Vaccination report Assam 1896-1927 - 1896-1927
Year: 1896
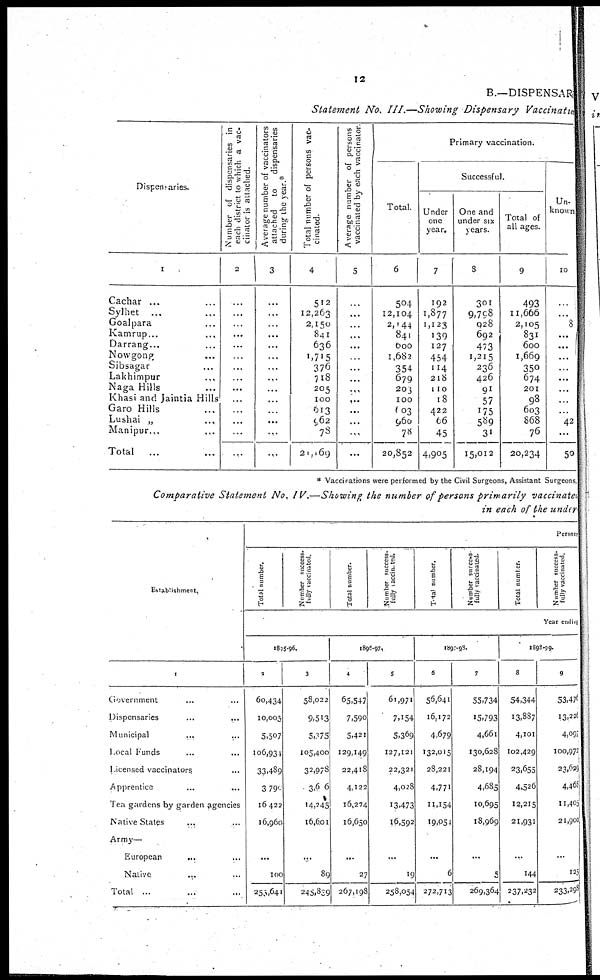
12
B.—DISPENSAR
Statement No. III.—Showing Dispensary Vaccination
Dispensaries.
1
Cachar...
Sylhet...
Goalpara...
Kamrup...
Darrang...
Nowgong...
Sibsagar...
Lakhimpur...
Naga Hills...
Khasi and Jaintia Hills
Garo Hills...
Lushai „
...
Manipur...
...
Total ...
Number of dispensaries in
each district to which a vac-
cinator is attached.
2
...
...
...
...
...
...
...
...
...
...
...
...
...
...
Average number of vaccinators
attached to dispensaries
during the year.*
3
...
...
...
...
...
...
...
...
...
...
...
...
...
...
Total number of persons vac-
cinated.
4
512
12,263
2,150
841
636
1,715
376
718
205
100
013
962
78
21,169
Average number of persons
vaccinated by each vaccinator.
5
...
...
...
...
...
...
...
...
...
...
...
...
...
...
Primary vaccination.
Total.
6
504
12,104
2,144
841
600
1,682
354
679
203
100
603
960
78
20,852
Successful.
Under
one
year.
7
192
1,877
1,123
139
127
454
114
218
110
18
422
66
45
4,905
One and
under six
years.
8
301
9,798
928
692
473
1,215
236
426
91
57
175
589
31
15,012
Total of
all ages.
9
493
11,666
2,105
831
600
1,669
350
674
201
98
603
868
76
20,234
Un-
known
10
...
...
8
...
...
...
...
...
...
...
...
42
...
50
* Vaccinations were performed by the Civil Surgeons, Assistant Surgeons,
Comparative Statement No. IV.—Showing the number of persons primarily vaccinated
in each of the under
Establishment.
1
Government... ...
Dispensaries... ...
Municipal...
...
Local Funds... ...
Licensed vaccinators... ...
Apprentice...
...
Tea gardens by garden agencies
Native States... ...
Army—
European...
...
Native... ...
Total... ...
Persons
Total number.
Number success-
fully vaccinated.
Total number.
Number success-
fully vaccinated.
Total number.
Number success
fully vaccinated.
Total number.
Number success-
fully vaccinated.
Year ending
1895-96.
2
60,434
10,005
5,507
106,931
33,489
3,790
16,422
16,960
...
100
253,641
3
58,022
9,513
5,375
105,400
32,978
3,66
14,245
16,601
...
89
248,839
1896-97.
4
65,547
7,590
5,421
129,149
22,418
4,122
l6,274
16,650
...
27
267,198
5
61,971
7,154
5,369
127,121
22,321
4,028
13,473
16,592
...
19
258,054
1897-98.
6
56,641
16,172
4,679
132,015
28,221
4,771
11,154
19,054
...
6
272,713
7
55,734
15,793
4,661
130,628
28,194
4,685
10,695
18,969
...
5
269,364
1898-99.
8
54,344
13,887
4,101
102,429
23,655
4,526
12,215
21,931
...
144
237,232
9
53,476
13,226
4,097
100,972
23,629
4,468
11,405
21,900
...
125
233,298